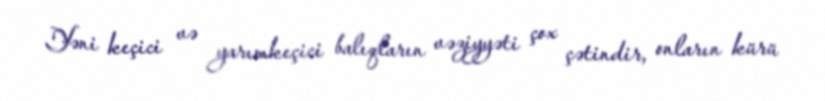
Yəni keçici və yarımkeçici balıqların vəziyyəti çox çətindir, onların kürü